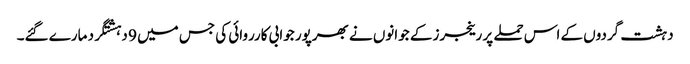
دہشت گردوں کے اس حملے پر رینجرز کے جوانوں نے بھرپور جوابی کارروائی کی جس میں 9 دہشتگرد مارے گئے۔